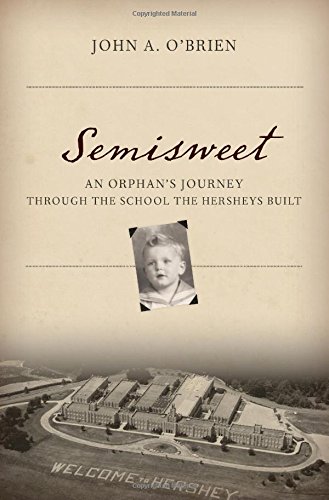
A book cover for Semisweet: An Orphan's Journey Through the School the Hersheys Built; Johnny O'Brien; Politics & Social Sciences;